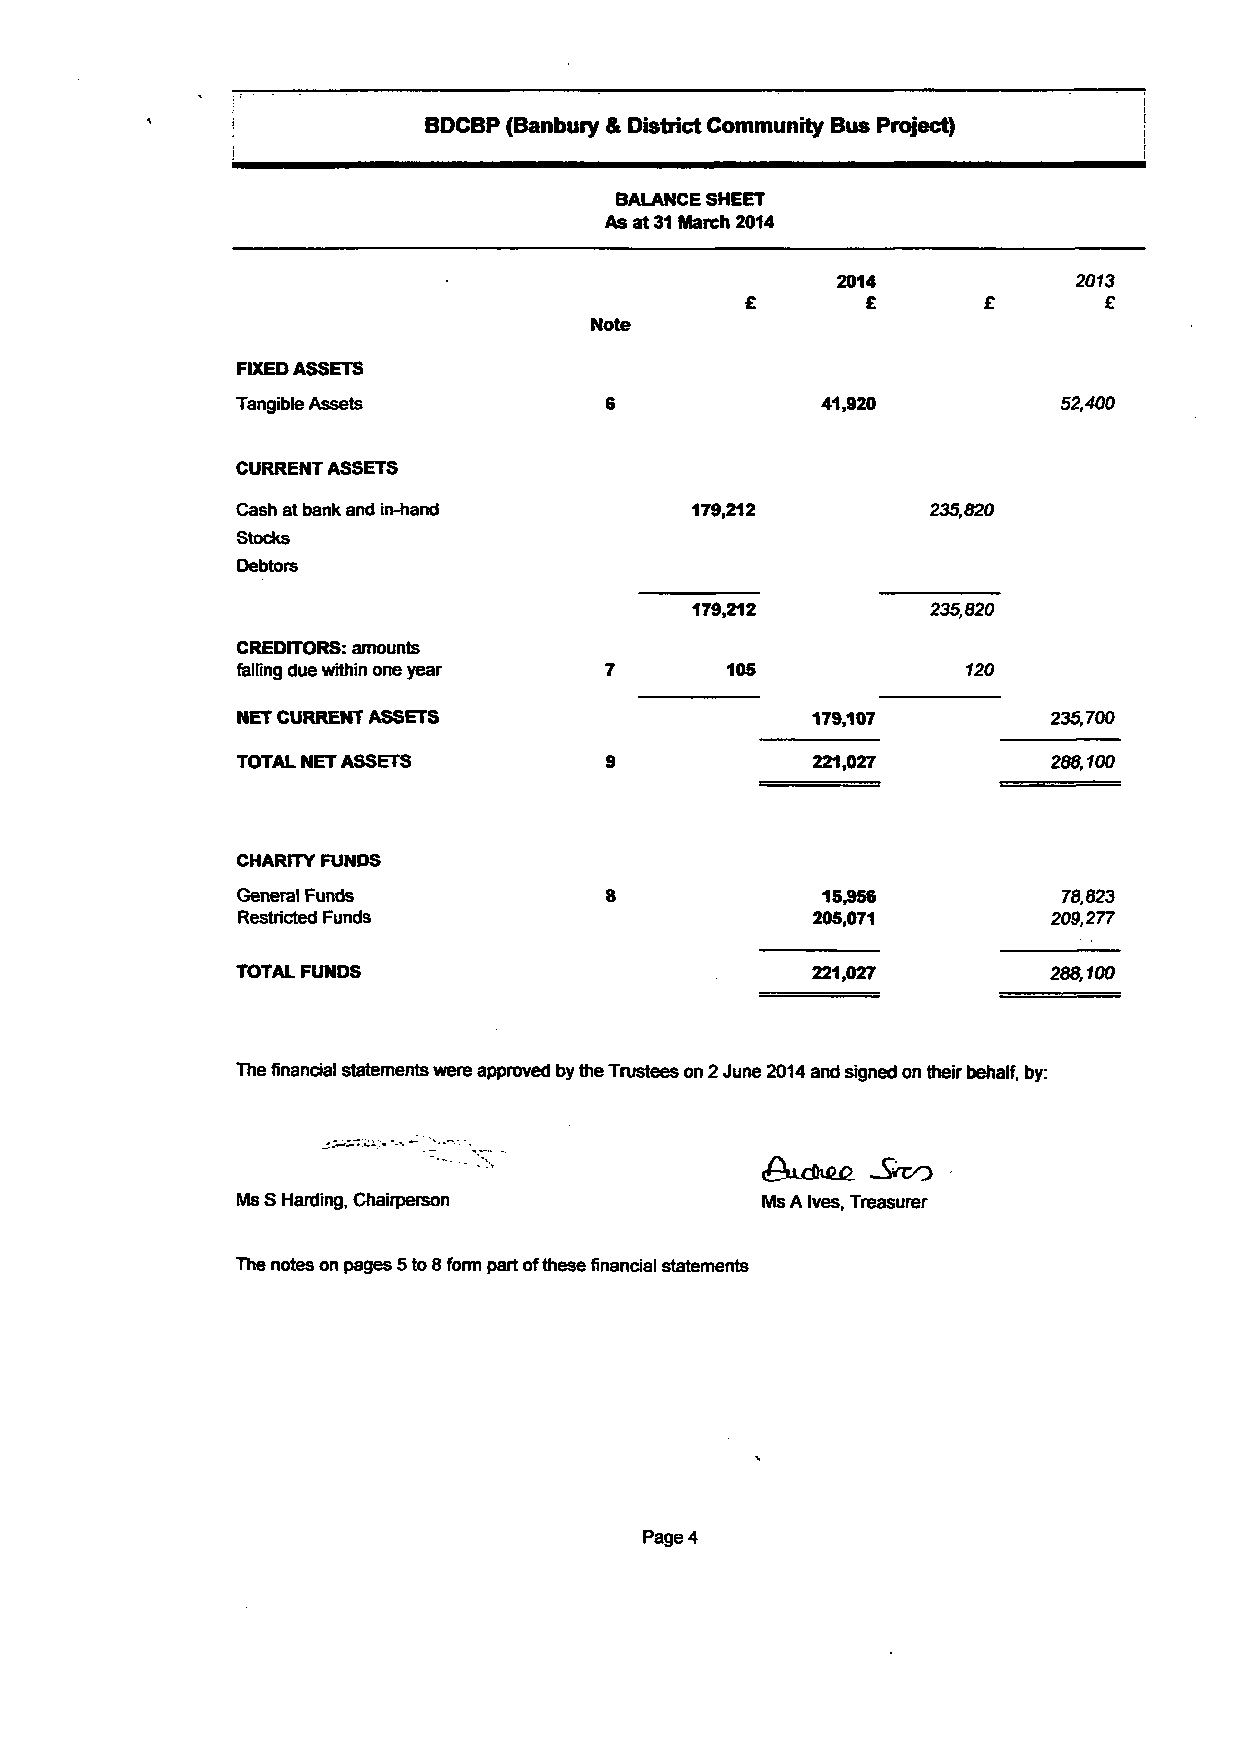
BDCBP (Banbury & District Community Bus Project)
 BALANCE SHEET
 As at 31 March 2014
 2014            2073
 £       £       £       £
 Note
 FIXED ASSETS
 Tangible Assets         6             41,920          52,400
 CURRENT ASSETS
 Cash at bank and in-hand      179,212        235,820
 Stocks
 Debtors
 179,212         235,820
 CREDITORS: amounts
 falling due within one year 7    105            120
 NET CURRENT ASSETS                    179,107         235,700
 TOTAL NET ASSETS        9             221,027        288,100
 CHARITY FUNDS
 General Funds           8             15,956          78,823
 Restricted Funds                      205,071         209,277
 TOTAL FUNDS                           221,027        288,100
 The financial statements were approved by the Trustees on 2 June 2014 and signed on their behalf, by:
 Ms S Harding, Chairperson          Ms A Ives, Treasurer
 The notes on pages 5 to 8 form part of these financial statements
 Page 4